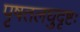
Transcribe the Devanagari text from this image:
पृषतलघुदृष्टः